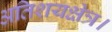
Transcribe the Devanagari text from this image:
अतिशयक्षेत्र।